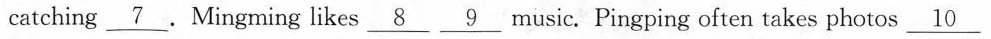
catching___.Mingming likes___ ___music. Pingping often takes photos ___